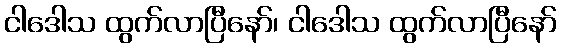
ငါဒေါသ ထွက်လာပြီနော်၊ ငါဒေါသ ထွက်လာပြီနော်